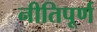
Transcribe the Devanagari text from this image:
नीतिपूर्ण